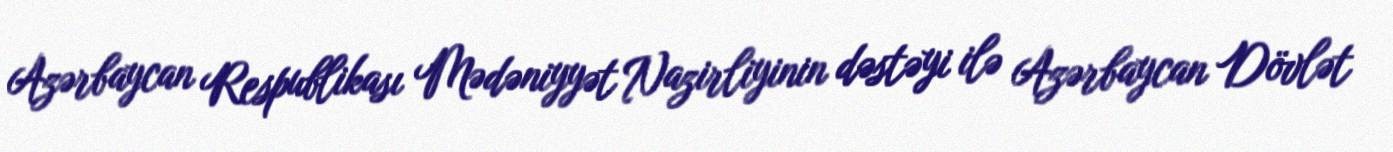
Azərbaycan Respublikası Mədəniyyət Nazirliyinin dəstəyi ilə Azərbaycan Dövlət